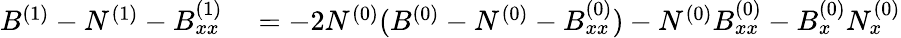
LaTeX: \begin{array}{rl}{B^{(1)}-N^{(1)}-B_{xx}^{(1)}}&{{}=-2N^{(0)}(B^{(0)}-N^{(0)}-B_{xx}^{(0)})-N^{(0)}B_{xx}^{(0)}-B_{x}^{(0)}N_{x}^{(0)}}\end{array}